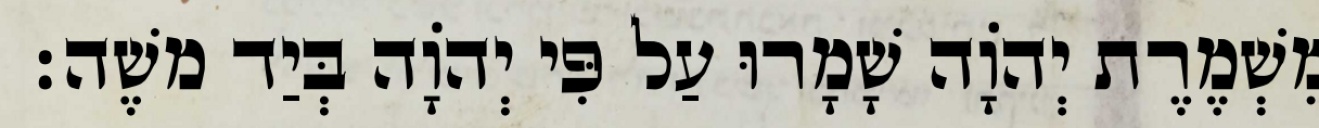
מִשְׁמֶרֶת יְהוָֹה שָׁמָרוּ עַל פִּי יְהוָֹה בְּיַד משֶׁה׃